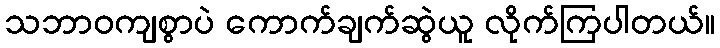
သဘာဝကျစွာပဲ ကောက်ချက်ဆွဲယူ လိုက်ကြပါတယ်။